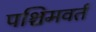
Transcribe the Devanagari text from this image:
पश्चिमवर्त